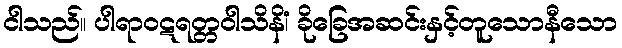
ငါသည်။ ပါရာဝဋရတ္တဝါသိနိံ၊ ခိုခြေအဆင်းနှင့်တူသောနီသော